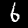
Label: 6